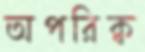
অপরিক্ব